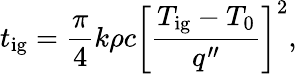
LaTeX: t_{\mathrm{ig}}={\frac{\pi}{4}}k\rho c\left[{\frac{T_{\mathrm{ig}}-T_{0}}{q^{\prime\prime}}}\right]^{2},